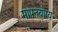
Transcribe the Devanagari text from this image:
मापनयोग्य